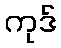
ကုဒ်